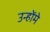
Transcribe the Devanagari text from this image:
उन्होंमे